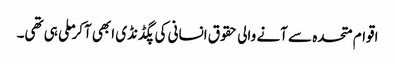
اقوام متحدہ سے آنے والی حقوق انسانی کی پگڈنڈی ابھی آکر ملی ہی تھی۔